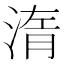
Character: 𣷿